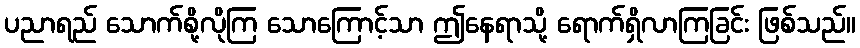
ပညာရည် သောက်စို့လိုကြ သောကြောင့်သာ ဤနေရာသို့ ရောက်ရှိလာကြခြင်း ဖြစ်သည်။